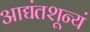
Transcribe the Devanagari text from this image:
आद्यंतशून्यं